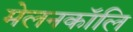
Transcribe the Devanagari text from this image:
मेलनकॉलि